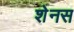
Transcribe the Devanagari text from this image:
शेनस